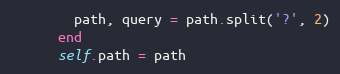
Language: Ruby
        path, query = path.split('?', 2)
      end
      self.path = path